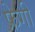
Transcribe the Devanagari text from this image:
फ्रेगी